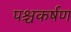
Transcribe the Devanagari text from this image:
पश्चकर्षण